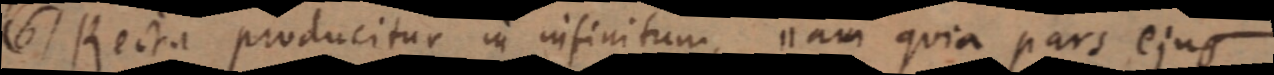
(6) Recta producitur in infinitum, nam quia pars ejus